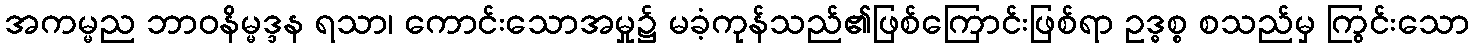
အကမ္မည ဘာဝနိမ္မဒ္ဒန ရသာ၊ ကောင်းသောအမှု၌ မခံ့ကုန်သည်၏ဖြစ်ကြောင်းဖြစ်ရာ ဥဒ္ဓစ္စ စသည်မှ ကြွင်းသော